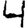
Digit: 4